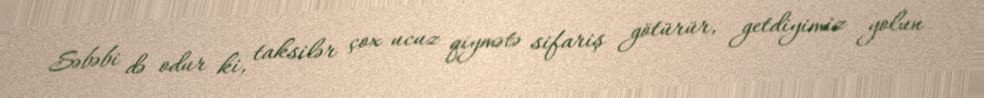
Səbəbi də odur ki, taksilər çox ucuz qiymətə sifariş götürür, getdiyimiz yolun